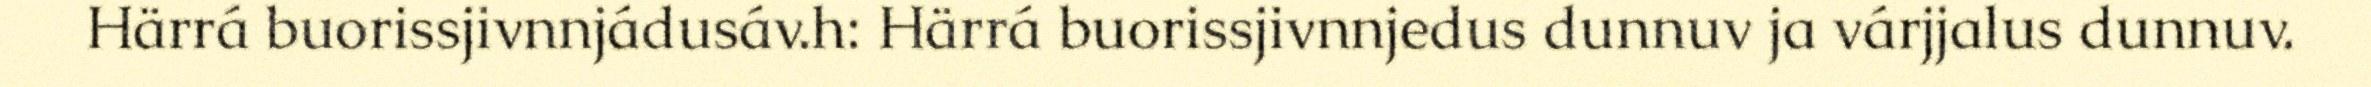
Härrá buorissjivnnjádusáv.h: Härrá buorissjivnnjedus dunnuv ja várjjalus dunnuv.